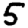
Digit: 5